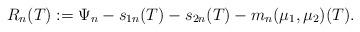
LaTeX: \begin{align*} R_{n}(T) := \Psi_{n} - s_{1n}(T) - s_{2n}(T) - m_{n}(\mu_{1}, \mu_{2})(T). \end{align*}